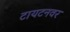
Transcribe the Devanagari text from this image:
टायटनवर